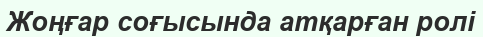
Жоңғар соғысында атқарған ролі